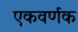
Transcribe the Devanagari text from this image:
एकवर्णक